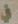
في